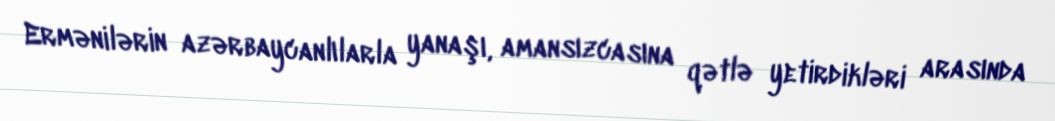
Ermənilərin azərbaycanlılarla yanaşı, amansızcasına qətlə yetirdikləri arasında